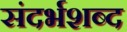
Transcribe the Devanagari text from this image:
संदर्भशब्द